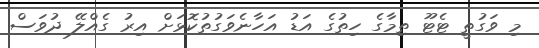
މި ވަގުތީ ޓެޓޫ ތިމާގެ ހިތުގެ އަޑު އަހާނެވަގުތުކޮޅަށް އިރު ގެއްލޭ ދުވަސް